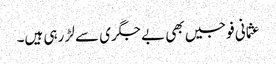
عثمانی فوجیں بھی بے جگری سے لڑ رہی ہیں۔